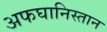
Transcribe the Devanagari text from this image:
अफघानिस्तान